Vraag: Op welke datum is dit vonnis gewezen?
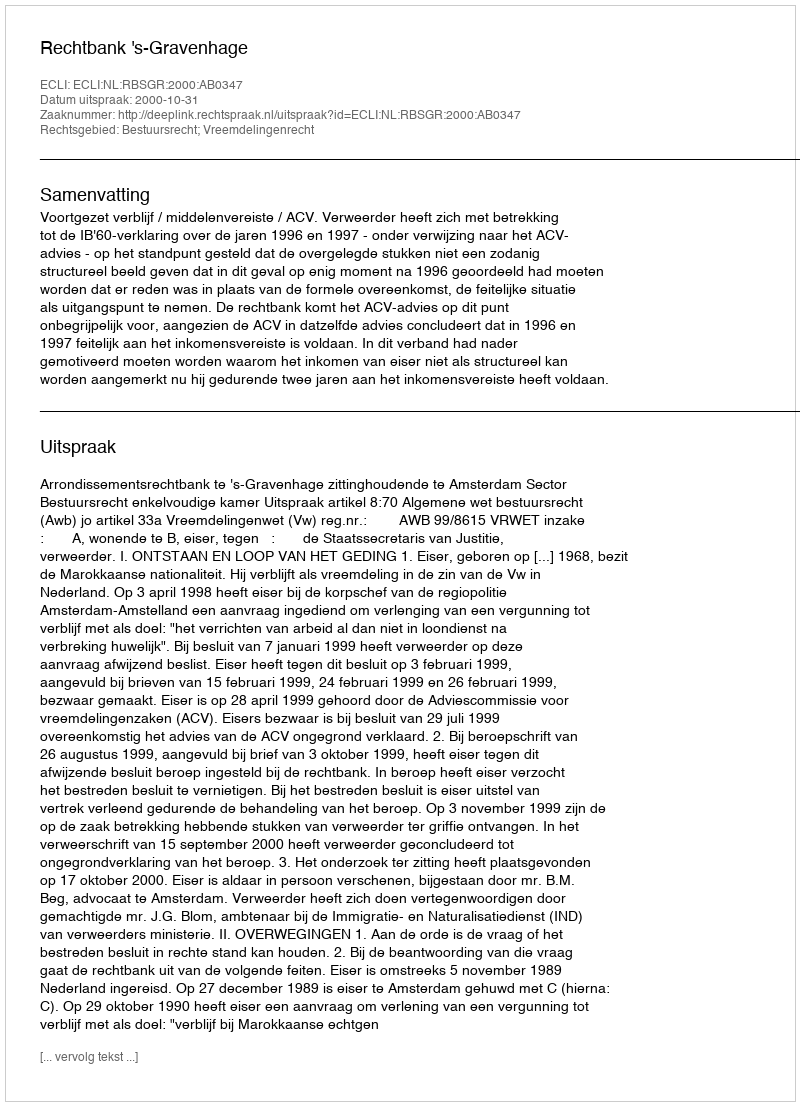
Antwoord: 2000-10-31